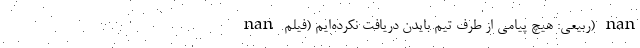
nan ربيعی: هيچ پيامی از طرف تيم بايدن دريافت نکرده‌ايم (فیلم) nan